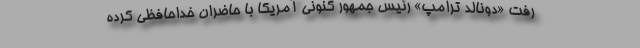
رفت «دونالد ترامپ» رئیس جمهور کنونی آمریکا با حاضران خداحافظی کرده